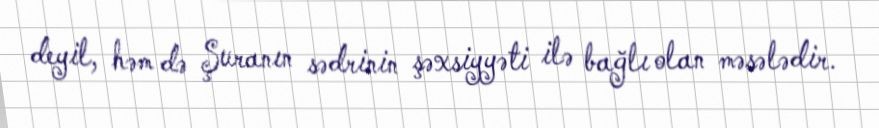
deyil, həm də Şuranın sədrinin şəxsiyyəti ilə bağlı olan məsələdir.